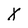
Character: X